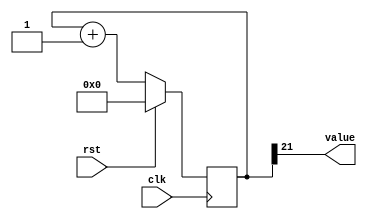
/*
   This file was generated automatically by the Mojo IDE version B1.3.6.
   Do not edit this file directly. Instead edit the original Lucid source.
   This is a temporary file and any changes made to it will be destroyed.
*/

/*
   Parameters:
     SIZE = 1
     DIV = 21
     TOP = 0
     UP = 1
*/
module counter_23 (
    input clk,
    input rst,
    output reg [0:0] value
  );
  
  localparam SIZE = 1'h1;
  localparam DIV = 5'h15;
  localparam TOP = 1'h0;
  localparam UP = 1'h1;
  
  
  reg [21:0] M_ctr_d, M_ctr_q = 1'h0;
  
  localparam MAX_VALUE = 22'h1fffff;
  
  always @* begin
    M_ctr_d = M_ctr_q;
    
    value = M_ctr_q[21+0-:1];
    if (1'h1) begin
      M_ctr_d = M_ctr_q + 1'h1;
      if (1'h0 && M_ctr_q == 22'h1fffff) begin
        M_ctr_d = 1'h0;
      end
    end else begin
      M_ctr_d = M_ctr_q - 1'h1;
      if (1'h0 && M_ctr_q == 1'h0) begin
        M_ctr_d = 22'h1fffff;
      end
    end
  end
  
  always @(posedge clk) begin
    if (rst == 1'b1) begin
      M_ctr_q <= 1'h0;
    end else begin
      M_ctr_q <= M_ctr_d;
    end
  end
  
endmodule